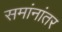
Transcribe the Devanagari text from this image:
समांनांतर